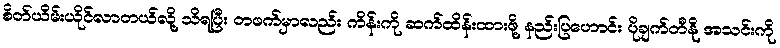
စိတ်ယိမ်းယိုင်လာတယ်လို့ သိရပြီး တဖက်မှာလည်း ကိန်းကို ဆက်ထိန်းထားဖို့ နည်းပြဟောင်း ပိုချက်တီနို အသင်းကို